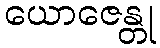
ယောဇေန္တု